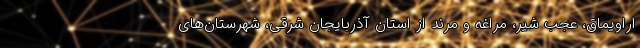
اراویماق، عجب شیر، مراغه و مرند از استان آذربایجان شرقی، شهرستان‌های